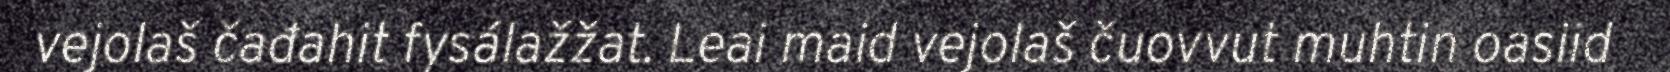
vejolaš čađahit fysálažžat. Leai maid vejolaš čuovvut muhtin oasiid